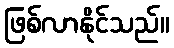
ဖြစ်လာနိုင်သည်။